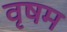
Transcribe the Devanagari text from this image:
वृषम